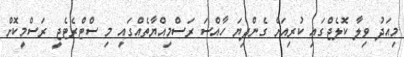
މިއަދު ވިލާ ކޮލެޖްގައި ކުރިއަށް ގެންދިޔަ ހާއްސަ ރަސްމިއްޔާތެއްގައި މި ސްޓްރެޓެޖީ ރަސްމީކޮށް